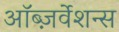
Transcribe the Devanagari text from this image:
ऑब्ज़र्वेशन्स